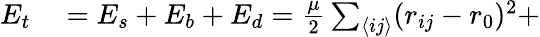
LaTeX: \begin{array}{rl}{E_{t}}&{{}=E_{s}+E_{b}+E_{d}=\frac{\mu}{2}\sum_{\langle ij\rangle}(r_{ij}-r_{0})^{2}+}\end{array}